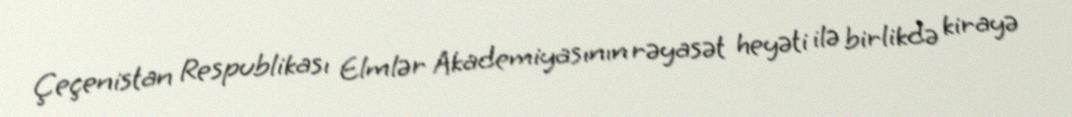
Çeçenistan Respublikası Elmlər Akademiyasının rəyasət heyəti ilə birlikdə kirayə